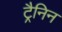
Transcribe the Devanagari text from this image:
ट्रैनिन